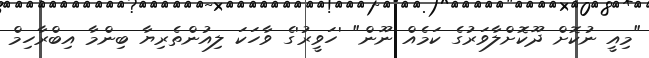
"މިއީ ނުކޮށް ދޫކޮށްލާވަރުގެ ކަމެއް ނޫން" 'ހަވީރު'ގެ ވާހަކަ ލިއުންތެރިޔާ ބިންމާ އިބްރާހިމް